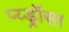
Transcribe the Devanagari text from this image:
प्य्ड्रॉसा